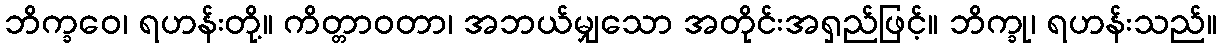
ဘိက္ခဝေ၊ ရဟန်းတို့။ ကိတ္တာဝတာ၊ အဘယ်မျှသော အတိုင်းအရှည်ဖြင့်။ ဘိက္ခု၊ ရဟန်းသည်။